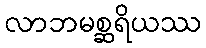
လာဘမစ္ဆရိယဿ